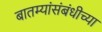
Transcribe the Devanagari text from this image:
बातम्यांसंबंधीच्या